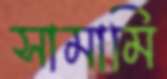
সামামি